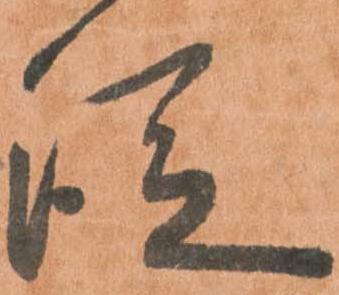
従